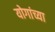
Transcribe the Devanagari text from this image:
योगांच्या